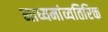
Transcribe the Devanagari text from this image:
माध्यमांव्यतिरिक्त